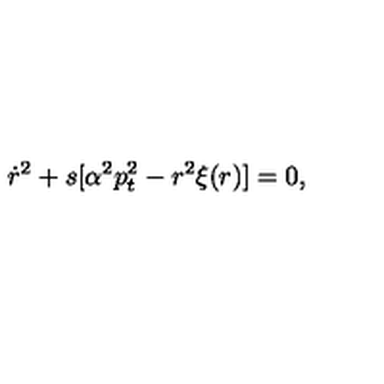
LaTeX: \dot { r } ^ { 2 } + s [ \alpha ^ { 2 } p _ { t } ^ { 2 } - r ^ { 2 } \xi ( r ) ] = 0 ,